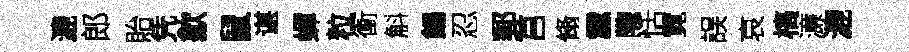
漉郎貽凭歙鼠谌蟬粒衝斛餳忍郵莒翛纛隴恬霓誤哀槁濓漉